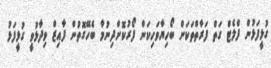
ގުޅީފަޅުން ފްލެޓް ގަތް ފަރާތްތަކަށް ބޯހިޔާވަހިކަން ފޯރުކޮށްދިނުމާ ބެހޭގޮތުން ފާއިޒް ވިދާޅުވީ ގުޅީފަޅު